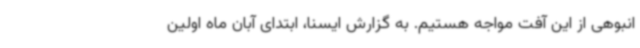
انبوهی از این آفت مواجه هستیم. به گزارش ایسنا، ابتدای آبان ماه اولین